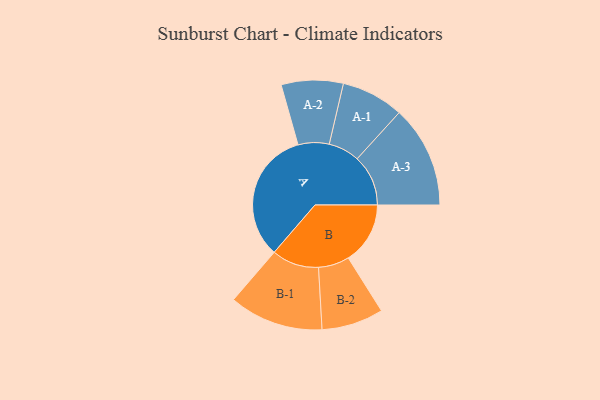
{"axis": {"x": "Segment", "y": "Value"}, "legend": ["", "A", "B"], "data": [{"x": "A", "y": 474, "type": ""}, {"x": "B", "y": 222, "type": ""}, {"x": "A-1", "y": 112, "type": "A"}, {"x": "A-2", "y": 111, "type": "A"}, {"x": "A-3", "y": 183, "type": "A"}, {"x": "B-1", "y": 169, "type": "B"}, {"x": "B-2", "y": 111, "type": "B"}]}